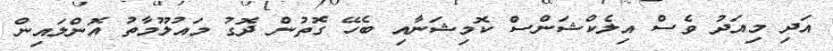
އަދި މިއަދު ވެސް އިލެކްޝަންސް ކޮމިޝަނާއި ބެހޭ ގޮތުން ދޮގު މައުލޫމާތު އޮންލައިން